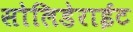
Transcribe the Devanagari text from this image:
सोलिडेराईट